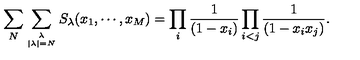
\sum _ { N } \sum _ { \lambda \atop { | \lambda | = N } } S _ { \lambda } ( x _ { 1 } , \cdots , x _ { M } ) = \prod _ { i } { \frac { 1 } { ( 1 - x _ { i } ) } } \prod _ { i < j } { \frac { 1 } { ( 1 - x _ { i } x _ { j } ) } } .